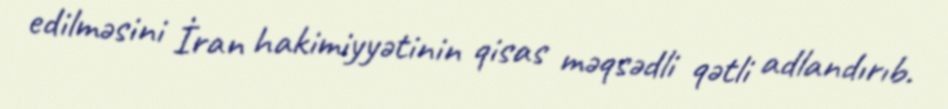
edilməsini İran hakimiyyətinin qisas məqsədli qətli adlandırıb.